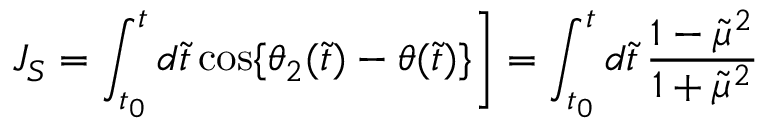
J _ { S } = \int _ { t _ { 0 } } ^ { t } d \tilde { t } \, \mathrm { c o s } \{ \theta _ { 2 } ( \tilde { t } ) - \theta ( \tilde { t } ) \} \Bigg ] = \int _ { t _ { 0 } } ^ { t } d \tilde { t } \, { \frac { 1 - \tilde { \mu } ^ { 2 } } { 1 + \tilde { \mu } ^ { 2 } } }